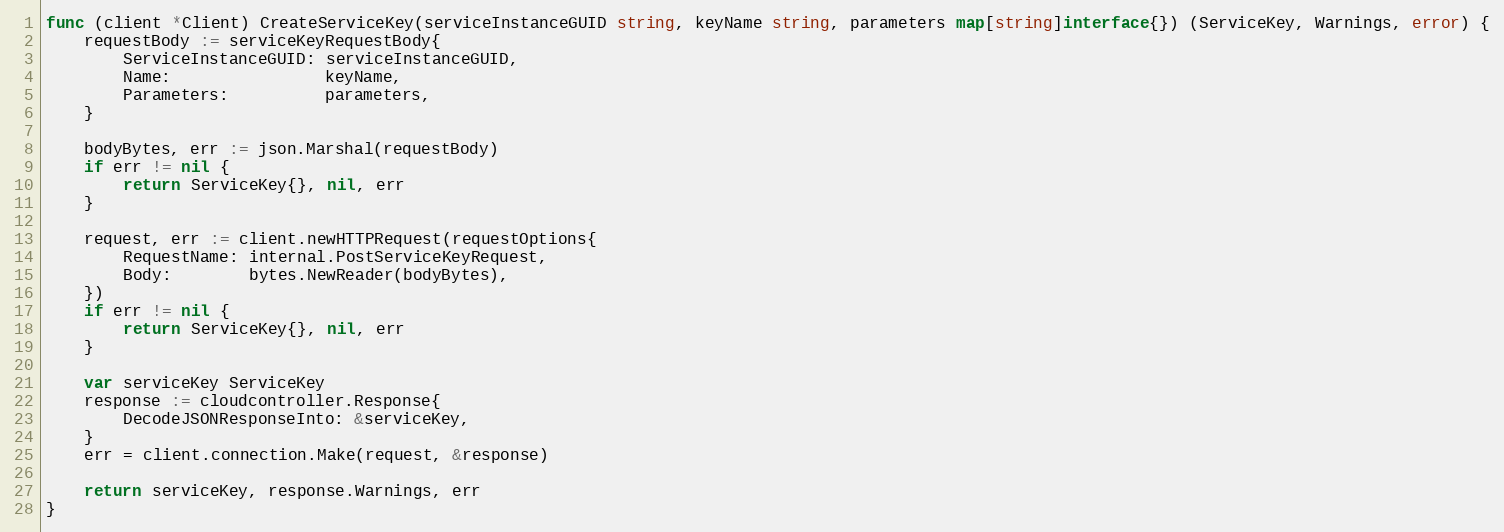
Language: Go
func (client *Client) CreateServiceKey(serviceInstanceGUID string, keyName string, parameters map[string]interface{}) (ServiceKey, Warnings, error) {
	requestBody := serviceKeyRequestBody{
		ServiceInstanceGUID: serviceInstanceGUID,
		Name:                keyName,
		Parameters:          parameters,
	}

	bodyBytes, err := json.Marshal(requestBody)
	if err != nil {
		return ServiceKey{}, nil, err
	}

	request, err := client.newHTTPRequest(requestOptions{
		RequestName: internal.PostServiceKeyRequest,
		Body:        bytes.NewReader(bodyBytes),
	})
	if err != nil {
		return ServiceKey{}, nil, err
	}

	var serviceKey ServiceKey
	response := cloudcontroller.Response{
		DecodeJSONResponseInto: &serviceKey,
	}
	err = client.connection.Make(request, &response)

	return serviceKey, response.Warnings, err
}